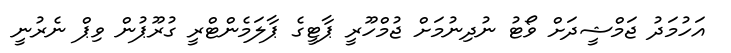
އަހުމަދު ޖަމްޝީދަށް ވޯޓު ނުދިނުމަށް ޖުމްހޫރީ ޕާޓީގެ ޕާލަމެންޓްރީ ގުރޫޕުން ވިޕް ނެރުނީ